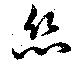
糸